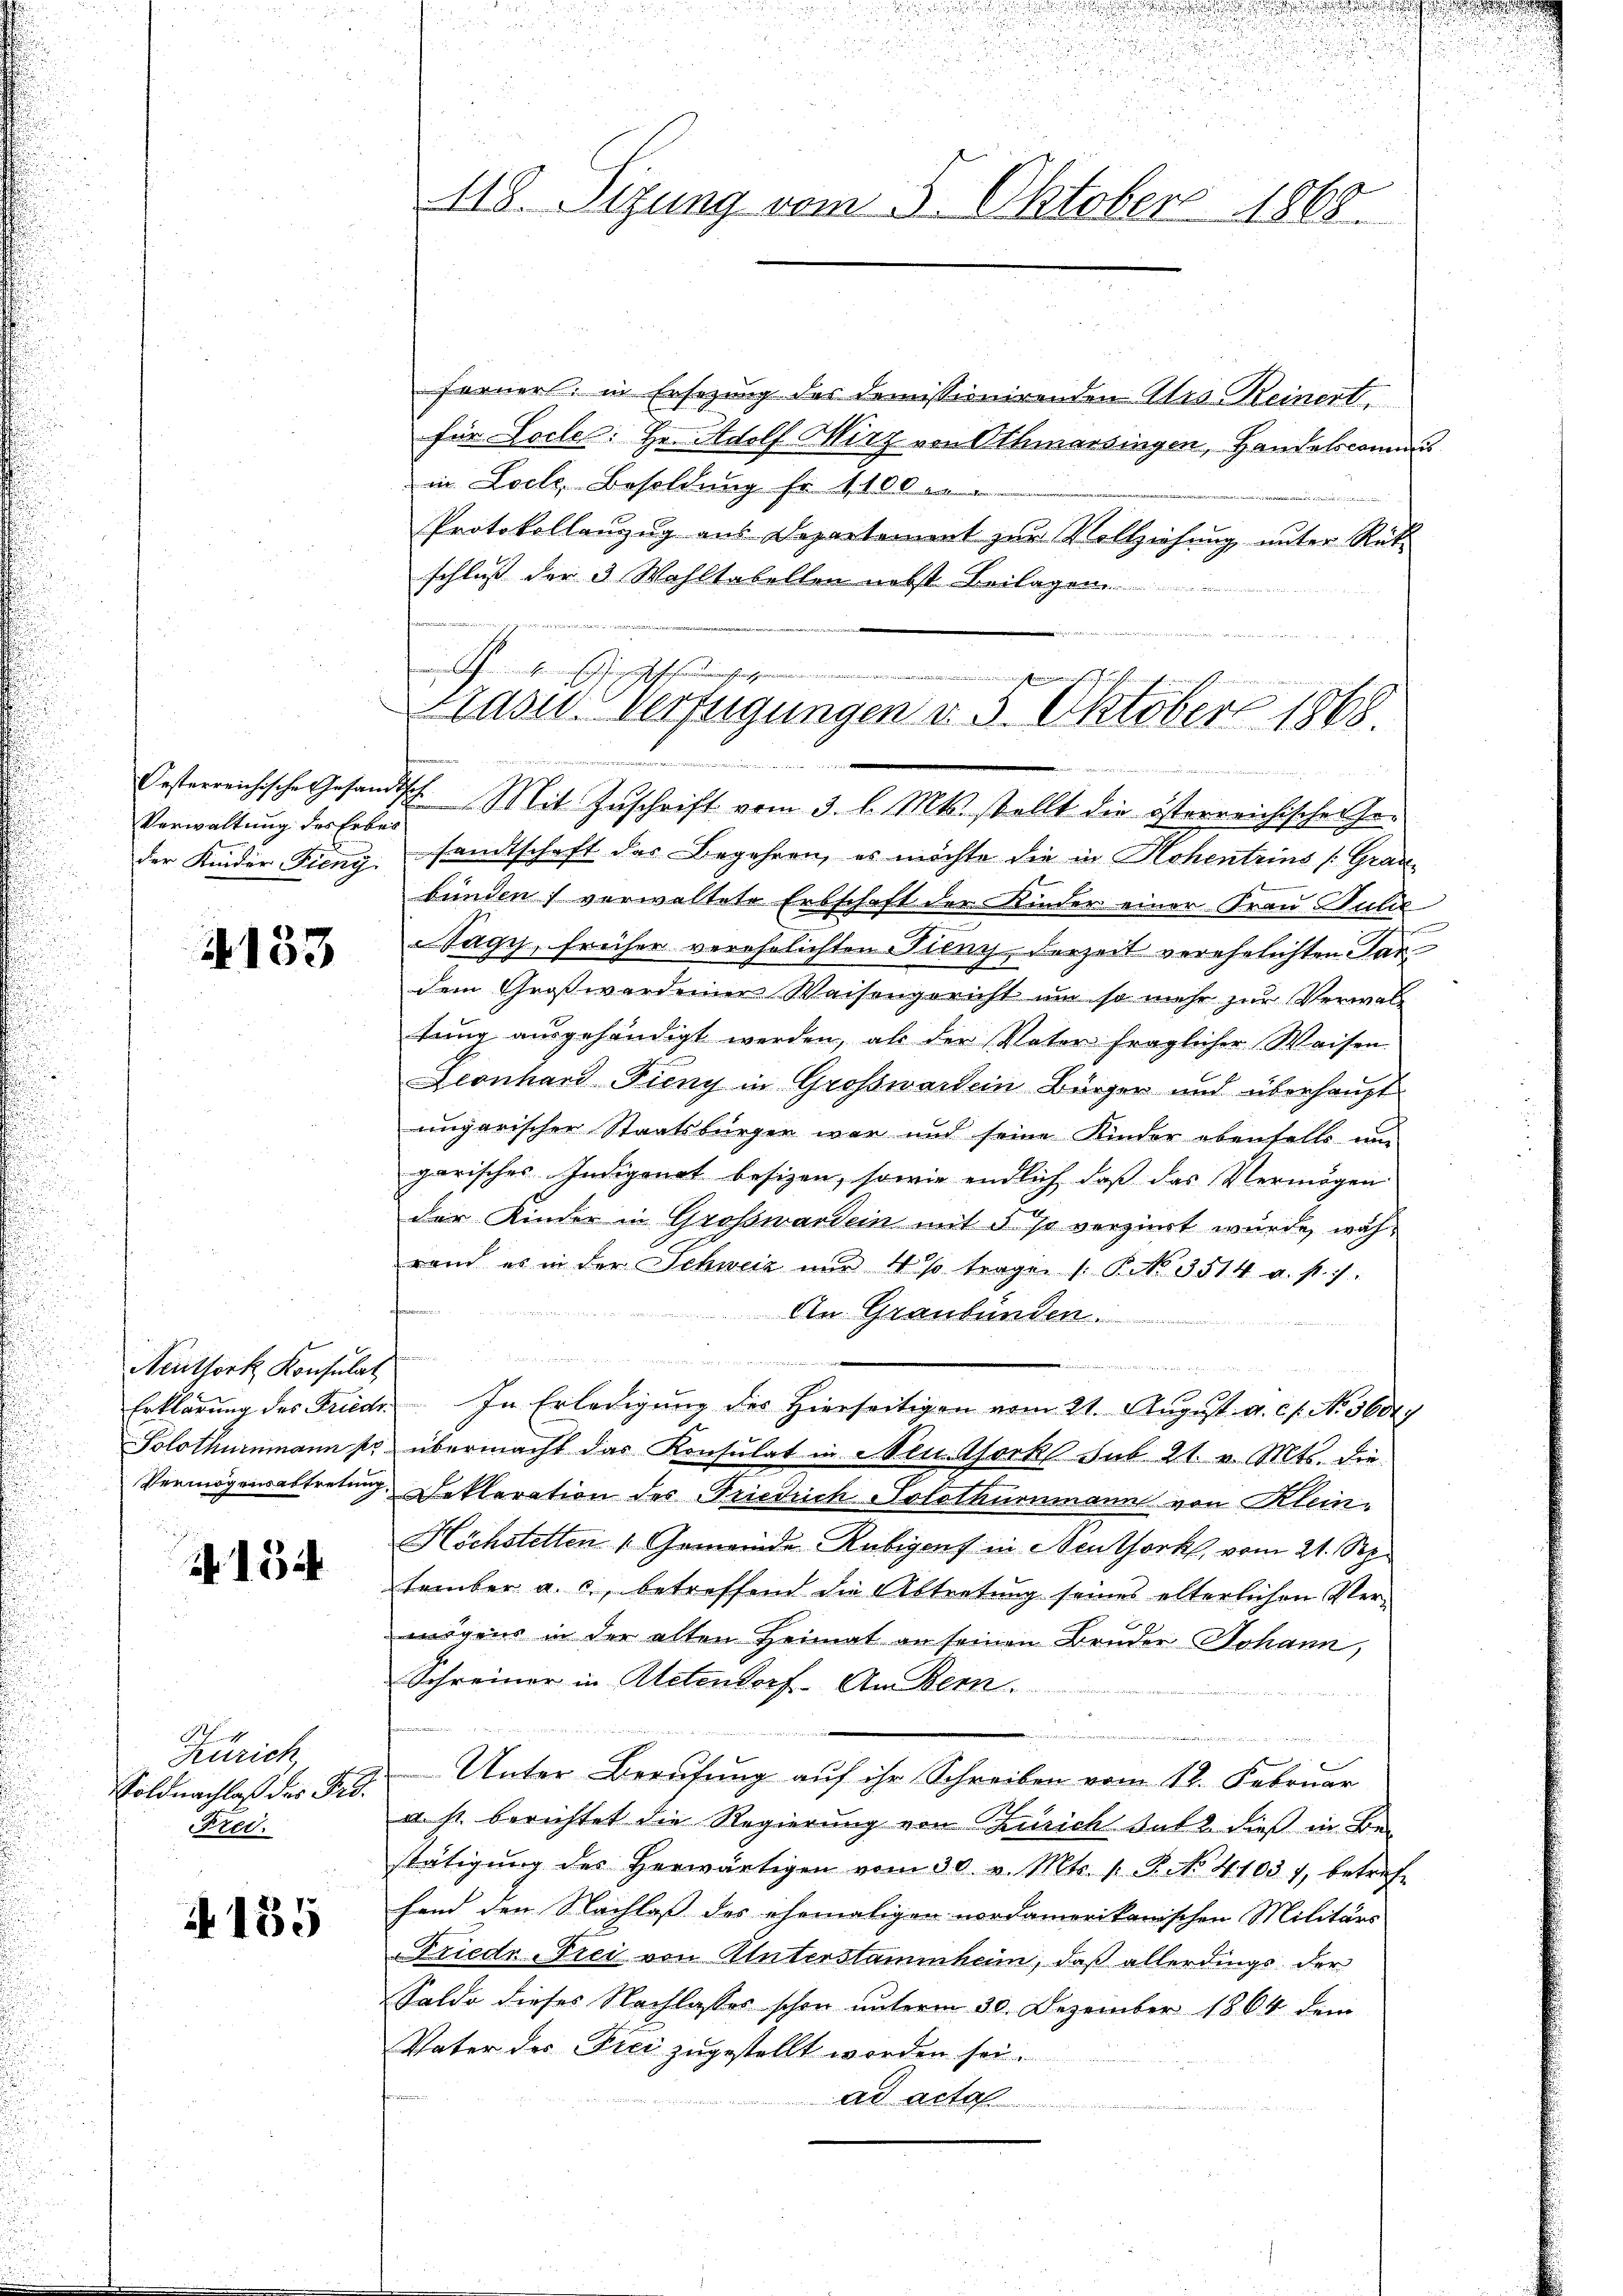
Verwaltung des Erbei

153

Neuthork Konsulat

A 15

A
Zürich
Soldnachlaß des Pro.
Fret.

4135

.
u

118. Sizung vom 3. Oktobers 1868.

Forner: in Ersezung des Demissionirenden Urs Keinert.
für Socle: Hr. Adolf Wirz von Othmarsingen, Handelscommis
in Loch, Besoldung fr. 1100
2
Protokollanzug aus Departement zur Vollziehung unter Rütschluß der 3 Wahltabellen nebst Beilagen
G

Boransprachgemeine
in ich einem angemeine
Kasus Verfügungen d. 5. Oktober 1868.

Oesterreichische Gesandtsch. Mit Zuschrift vom 3. l. Mts. stellt die österreichischen Ge-
der Kinder-Fieng, sandtschaft das Begehren, es möchte die in Hohentrius (Grau-
bünden verwaltete Erbschaft der Kinder einer Frau Julie
Sagy, früher verehelichten Sieny, derzeit verehelichten Tan
dem Großwerdener Weisengericht um so mehr zur Verwaltung ausgehändigt werden, als der Vater fraglicher Weisen
Leonhard Fieny in Großwartein Bürger und überhaupt
ungarischen Staatsbürger war und seine Kinder ebenfalls um
garisches Indigenet besizen, sowie endlich daß das Vermögen
der Kinder in Großwardein mit § so verziert wurde, währand es in der Schweiz nur 4 % trage /: P. No. 3514 u. s. 7:
An Graubünden
.
n
Erklärung des Friedr. In Erledigung des Hierseitigen vom 21. August. a. c. No. 5600.
Solothurnmann so übermacht das Konsulat in Mentorks sub 21. v. Mts. die
Vermögensabtretung Deklaration des Friedrich Solothurnmann von Klein¬
Höchstetten Gemeinde Rubigenf in Neuthork, vom 21. Sep.
tember a. c., betreffend die Abtretung seines elterlichen Vermögens in der alten Heimat an seinen Bruder Johann,
Schreiner in Atetendorf. An Bern.

2 Unter Berufung auf ihr Schreiben vom 12. Februar
a. s. berichtet die Regierung von Zürich hat dieß in Bestätigŭng des herwärtigen vom 30. v. Mts. v. P. No. 41037, betref-
fend den Nachlaß des ehemaligen nordamerikanischen Militärs
Friedr-Frei von Unterstammheim, daß allerdings der
Saldo dieses Nachlasses schon unterm 30. Dezember 1864 dem
Vater des Fici zugestellt worden sei.
ad acta